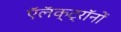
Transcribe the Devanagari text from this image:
ऍलॅक्ट्रॉनों